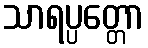
သာရပ္ပတ္တော